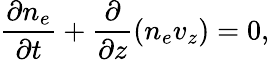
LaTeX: \frac{\partial n_{e}}{\partial t}+\frac{\partial}{\partial z}(n_{e}v_{z})=0,